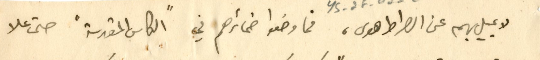
لا يميل بهم عن الصراط هوى، فما وضعوا ضمائرهم في "الكاس المقدسة" حتى علا